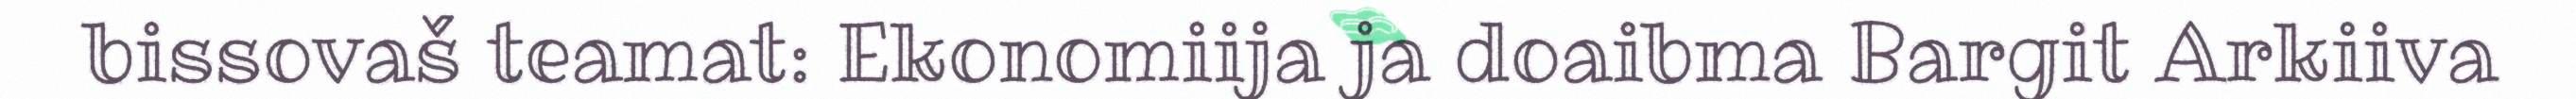
bissovaš teamat: Ekonomiija ja doaibma Bargit Arkiiva